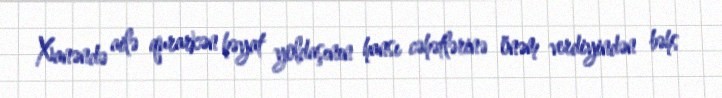
Xanəndə ailə qurarkən həyat yoldaşının hansı cəhətlərinə önəm verdiyindən bəhs